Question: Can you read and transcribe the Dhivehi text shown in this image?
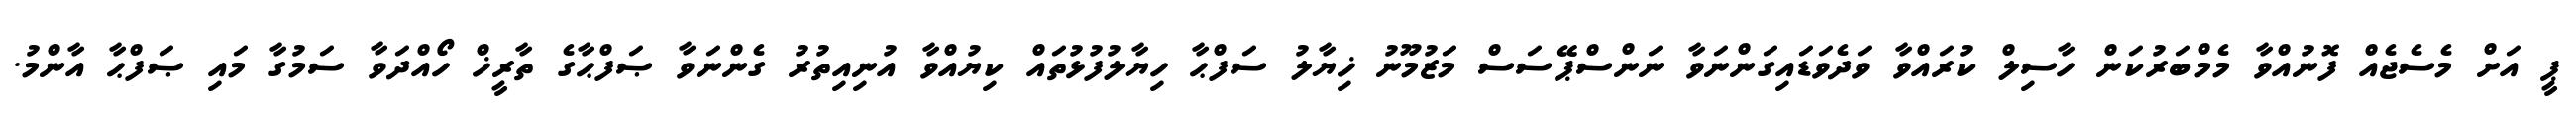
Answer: ޕީ އަށް މެސެޖެއް ފޮނުއްވާ މެމްބަރުކަން ހާސިލް ކުރައްވާ ވަދެވަޑައިގަންނަވާ ނަންސްޕޭސަސް މަޒުމޫނު ޚިޔާލު ސަފްޙާ ހިޔާލުފުޅުތައް ކިޔުއްވާ އުނިއިތުރު ގެންނަވާ ޞަފްޙާގެ ތާރީޚް ހޯއްދަވާ ސަމުގާ މައި ޞަފްޙާ އާންމު.